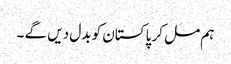
ہم مل کر پاکستان کو بدل دیں گے ۔